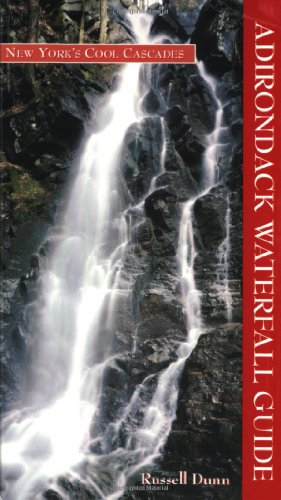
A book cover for Adirondack Waterfall Guide: New York's Cool Cascades; C. Russell Dunn; Science & Math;